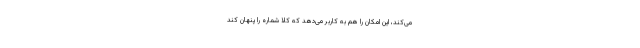
می‌کند، این امکان را هم به کاربر می‌دهد که کلا شماره را پنهان کند